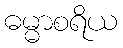
ဓမ္မာစရိယ